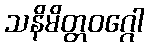
သနိမိတ္တဝဂ္ဂေါ